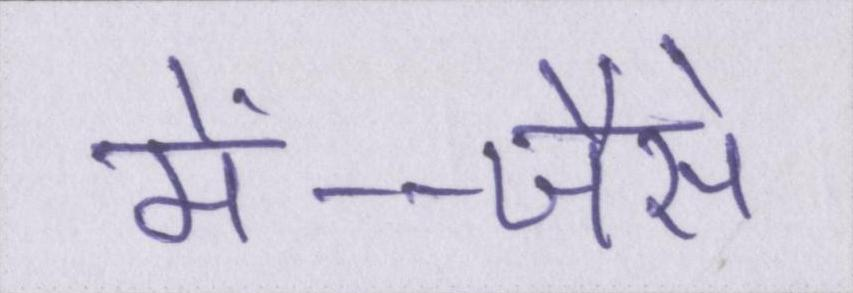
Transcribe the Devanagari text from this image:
में--जैसे